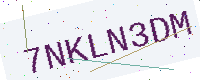
Text: 7NKLN3DM